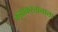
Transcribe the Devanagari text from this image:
कझाकस्तानाला